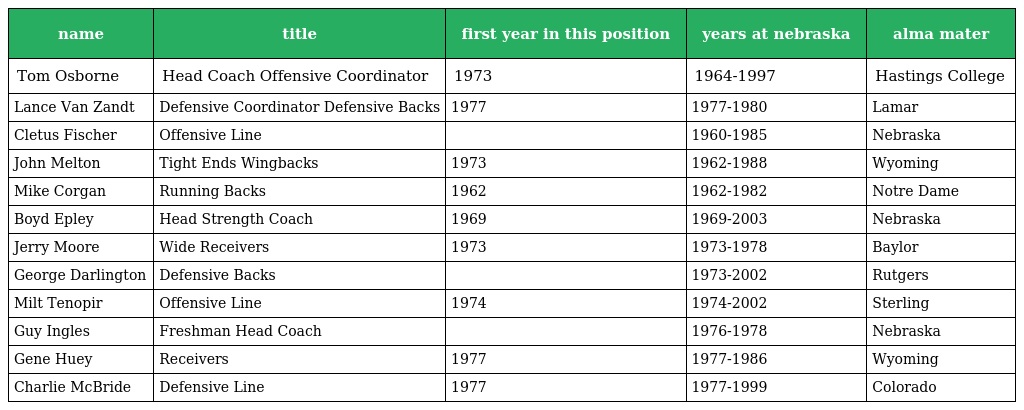
| name | title | first year in this position | years at nebraska | alma mater |
 | --- | --- | --- | --- | --- |
 | Tom Osborne | Head Coach Offensive Coordinator | 1973 | 1964-1997 | Hastings College |
 | Lance Van Zandt | Defensive Coordinator Defensive Backs | 1977 | 1977-1980 | Lamar |
 | Cletus Fischer | Offensive Line |  | 1960-1985 | Nebraska |
 | John Melton | Tight Ends Wingbacks | 1973 | 1962-1988 | Wyoming |
 | Mike Corgan | Running Backs | 1962 | 1962-1982 | Notre Dame |
 | Boyd Epley | Head Strength Coach | 1969 | 1969-2003 | Nebraska |
 | Jerry Moore | Wide Receivers | 1973 | 1973-1978 | Baylor |
 | George Darlington | Defensive Backs |  | 1973-2002 | Rutgers |
 | Milt Tenopir | Offensive Line | 1974 | 1974-2002 | Sterling |
 | Guy Ingles | Freshman Head Coach |  | 1976-1978 | Nebraska |
 | Gene Huey | Receivers | 1977 | 1977-1986 | Wyoming |
 | Charlie McBride | Defensive Line | 1977 | 1977-1999 | Colorado |